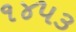
૧૪૫૩